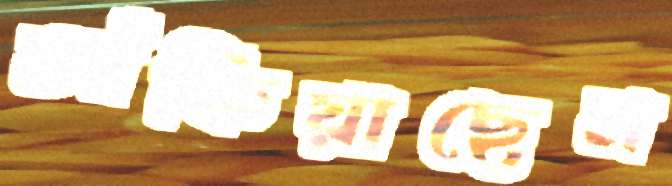
আঁকিয়াছেন